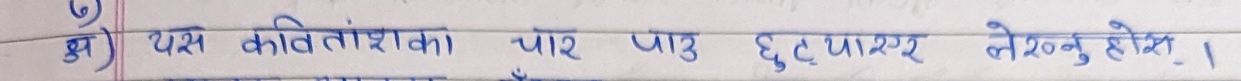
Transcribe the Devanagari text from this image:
अ) यस कवितांशका पार पाउ छुट्टाएर लेख्नुहोस्।